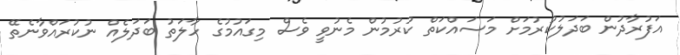
އަފުރާދުން ބަދަލުކުރުމަށް މަސައްކަތް ކުރުމުން މެނުވީ ވެސް މިގައުމުގެ ހާލަތު ބަދަލެއް ނުކުރައްވާނެތޭ